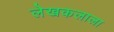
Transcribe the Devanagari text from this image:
लेखकलाला